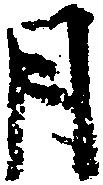
月